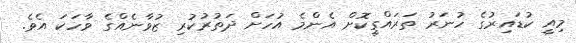
މިއީ ކުޑައިރުގެ ހުނަރު ތަރައްގީކޮށް އެންމެ އުހަށް ދަތުރުކުރި ޒުވާނެއްގެ ވާހަކަ އެވެ.